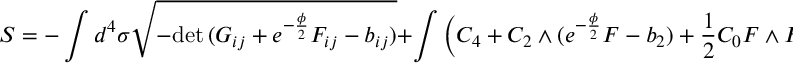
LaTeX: S = - \int d ^ { 4 } \sigma \sqrt { - \mathrm { d e t } \, ( G _ { i j } + e ^ { - \frac { \phi } { 2 } } F _ { i j } - b _ { i j } ) } + \int \left( C _ { 4 } + C _ { 2 } \wedge ( e ^ { - \frac { \phi } { 2 } } F - b _ { 2 } ) + \frac { 1 } { 2 } C _ { 0 } F \wedge F \right) \, .